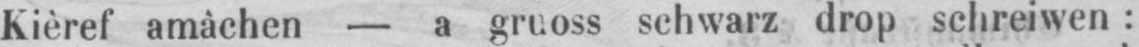
Kièref amâchen - a gruoss schwarz drop schreiwen: